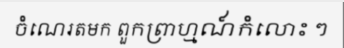
ចំណេរតមក ពួកព្រាហ្មណ៍កំលោះ ៗ